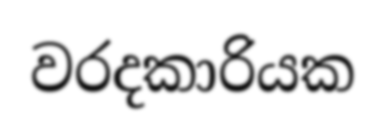
වරදකාරියක